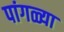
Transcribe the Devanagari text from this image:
पांगळ्या